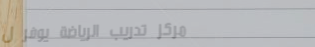
مركز تدريب الرياضة يوفر ل